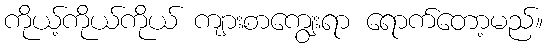
ကိုယ့်ကိုယ်ကိုယ် ကျားစာကျွေးရာ ရောက်တော့မည်။